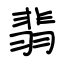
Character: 翡